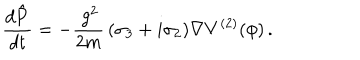
\frac { d \hat { { \mathbf P } } } { d t } = - \frac { \, g ^ { 2 } } { 2 m } \, ( \sigma _ { 3 } + i \sigma _ { 2 } ) { \mathbf \nabla } V ^ { ( 2 ) } ( \phi ) \, .